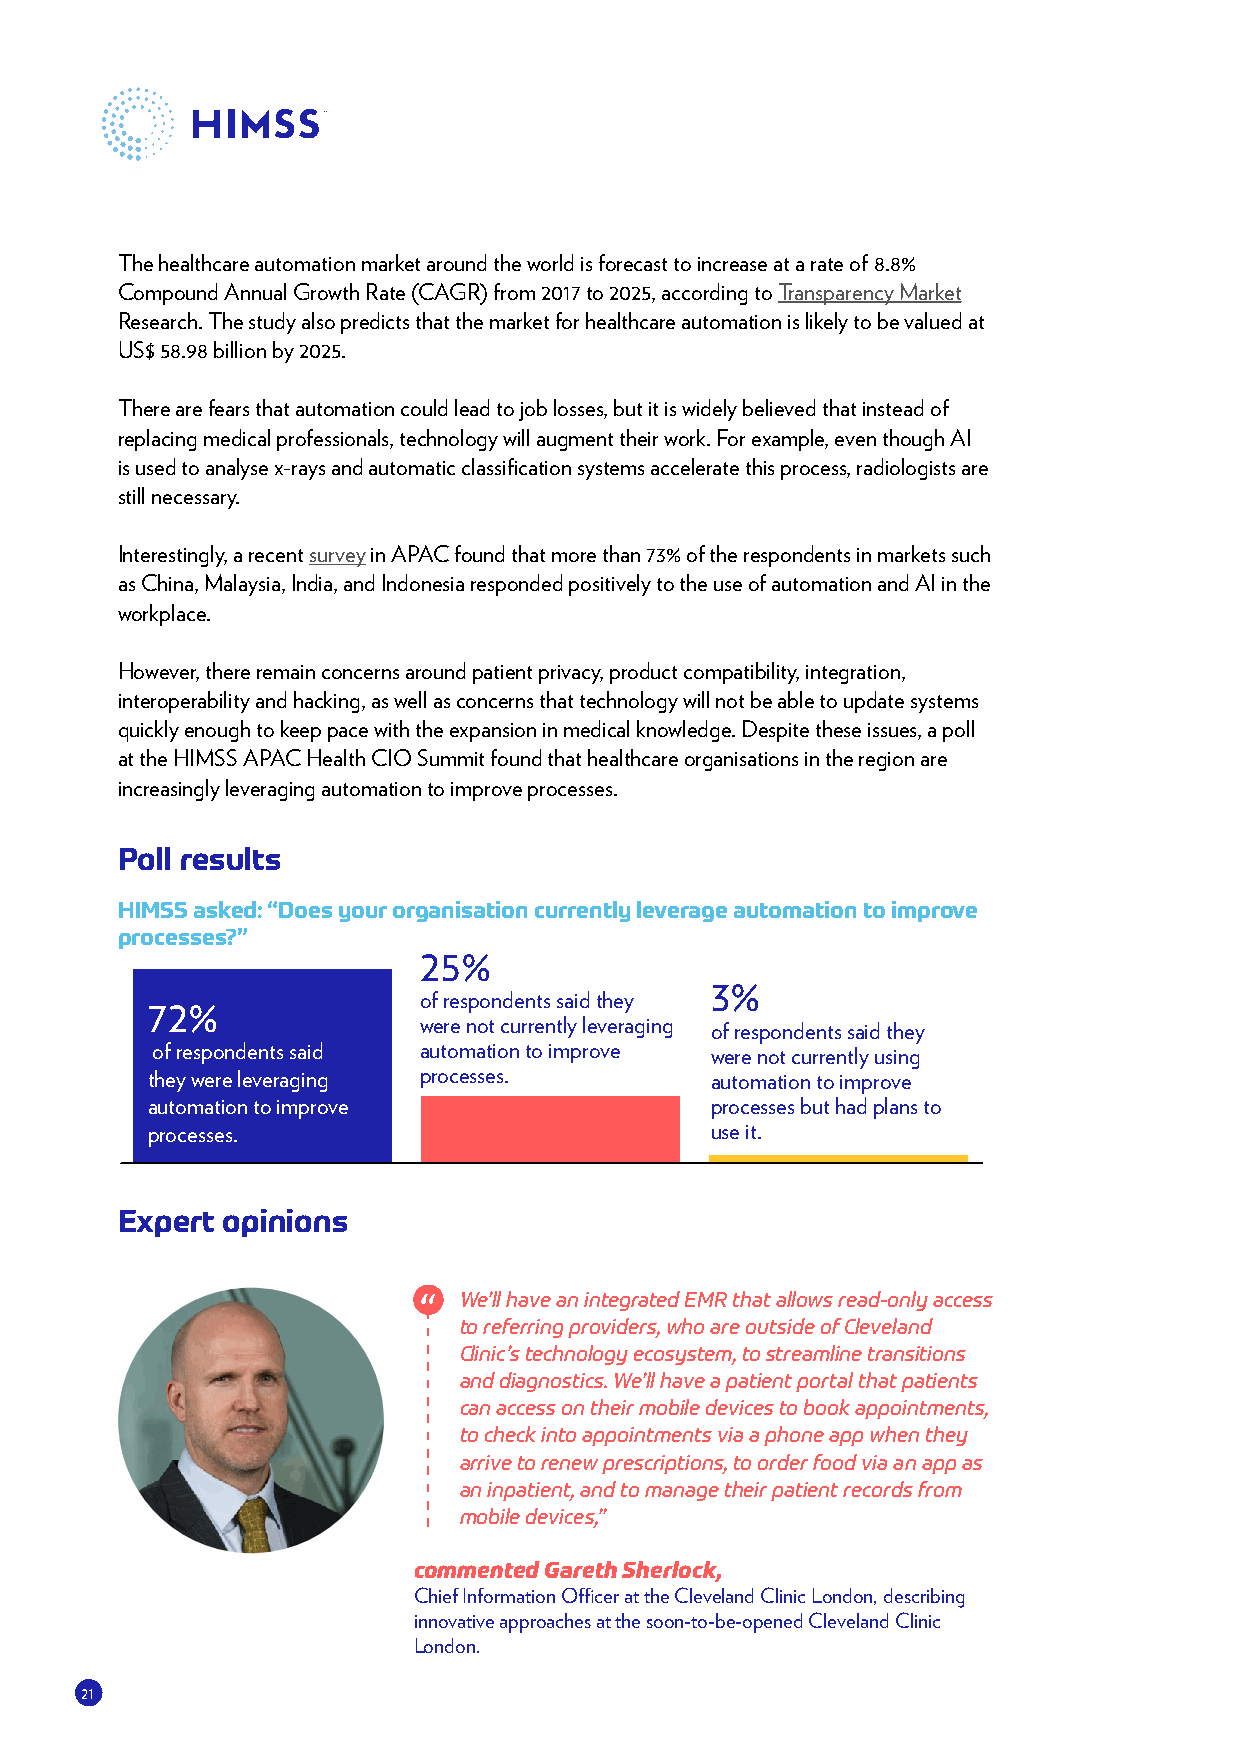
The healthcare automation market around the world is forecast to increase at a rate of 8.8%
 Compound Annual Growth Rate (CAGR) from 2017 to 2025, according to Transparency Market
 Research. The study also predicts that the market for healthcare automation is likely to be valued at
 US$ 58.98 billion by 2025.
 There are fears that automation could lead to job losses, but it is widely believed that instead of
 replacing medical professionals, technology will augment their work. For example, even though AI
 is used to analyse x-rays and automatic classification systems accelerate this process, radiologists are
 still necessary.
 Interestingly, a recent survey in APAC found that more than 73% of the respondents in markets such
 as China, Malaysia, India, and Indonesia responded positively to the use of automation and AI in the
 workplace.
 However, there remain concerns around patient privacy, product compatibility, integration,
 interoperability and hacking, as well as concerns that technology will not be able to update systems
 quickly enough to keep pace with the expansion in medical knowledge. Despite these issues, a poll
 at the HIMSS APAC Health CIO Summit found that healthcare organisations in the region are
 increasingly leveraging automation to improve processes.
 Poll results
 HIMSS asked: “Does your organisation currently leverage automation to improve
 processes?”
 25%
 3%
 of respondents said they
 72%
 were not currently leveraging of respondents said they
 of respondents said automation to improve were not currently using
 they were leveraging processes.      automation to improve
 automation to improve                processes but had plans to
 processes.                           use it.
 Expert opinions
 We’ll have an integrated EMR that allows read-only access
 to referring providers, who are outside of Cleveland
 Clinic’s technology ecosystem, to streamline transitions
 and diagnostics. We’ll have a patient portal that patients
 can access on their mobile devices to book appointments,
 to check into appointments via a phone app when they
 arrive to renew prescriptions, to order food via an app as
 an inpatient, and to manage their patient records from
 mobile devices,”
 commented Gareth Sherlock,
 Chief Information Officer at the Cleveland Clinic London, describing
 innovative approaches at the soon-to-be-opened Cleveland Clinic
 London.
 21